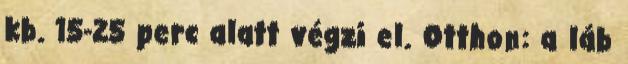
kb. 15-25 perc alatt végzi el. Otthon: a láb